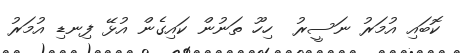
ކޮބައި އުމަރު ނަސީރު  ހިހޫ ތަނުން ކައިގެން އުޅޭ ފިނޑި އުމަރު